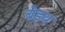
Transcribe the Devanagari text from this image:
ब्रेड्थ